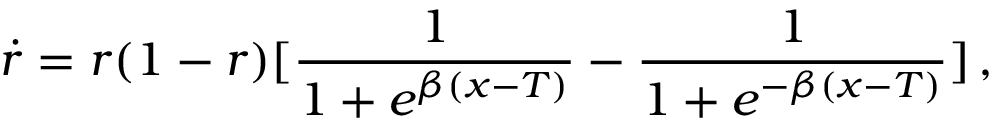
\dot { r } = r ( 1 - r ) [ \frac { 1 } { 1 + e ^ { \beta ( x - T ) } } - \frac { 1 } { 1 + e ^ { - \beta ( x - T ) } } ] \, ,